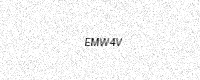
Text: EMW4V